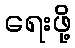
ရေးဖို့